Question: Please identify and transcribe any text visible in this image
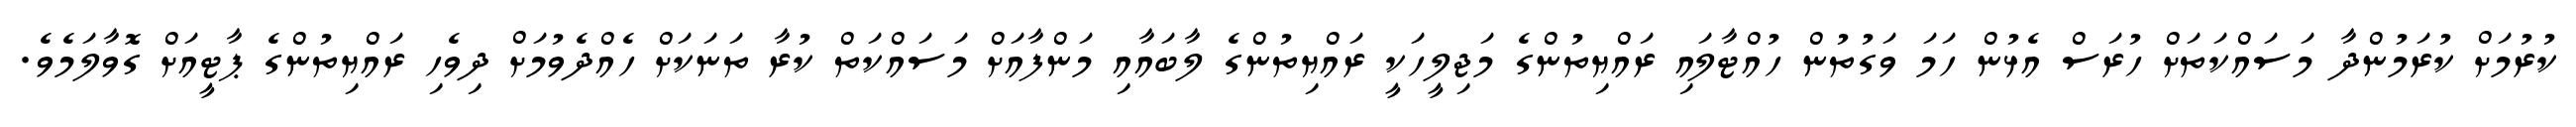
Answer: ކުރުމަށް ކުރަމުންދާ މަސައްކަތަށް ހުރަސް އެޅުން ހަމަ ވަގުތުން ހުއްޓާލައި ރައްޔިތުންގެ މަޖިލީހަކީ ރައްޔިތުންގެ ލާބައާއި މަންފާއަށް މަސައްކަތް ކުރާ ތަނަކަށް ހެއްދެވުމަށް ދިވެހި ރައްޔިތުންގެ ޕާޓީއަށް ގޮވާލަމެވެ.